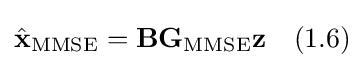
{\hat {\mathbf {x} }}_{\mathrm {MMSE} }=\mathbf {B} \mathbf {G} _{\mathrm {MMSE} }\mathbf {z} \quad {\text{(1.6)}}